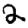
Digit: 2